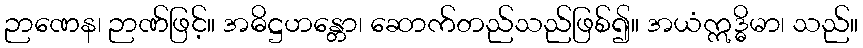
ဉာဏေန၊ ဉာဏ်ဖြင့်။ အဓိဋ္ဌဟန္တော၊ ဆောက်တည်သည်ဖြစ်၍။ အယံဣဒ္ဓိမာ၊ သည်။